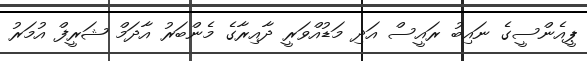
ޕީއެންސީގެ ނައިބު ރައީސް އަދި މަޑުއްވަރީ ދާއިރާގެ މެންބަރު އާދަމް ޝަރީފް އުމަރު